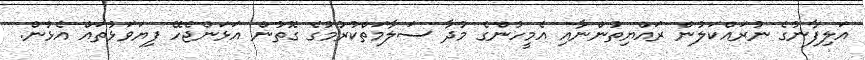
އަލިފާނުގެ ނުރައްކަލުން ރައްޔިތުންނާއި އެމީހުންގެ މުދާ ސަލާމަތްކުރުމުގެ ގޮތުން އަޅަންޖެހޭ ފިޔަވަޅުތައް އެޅުން.